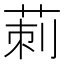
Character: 莿